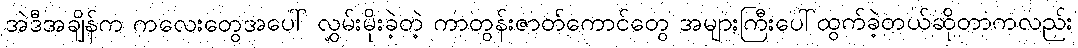
အဲဒီအချိန်က ကလေးတွေအပေါ် လွှမ်းမိုးခဲ့တဲ့ ကာတွန်းဇာတ်ကောင်တွေ အများကြီးပေါ်ထွက်ခဲ့တယ်ဆိုတာကလည်း